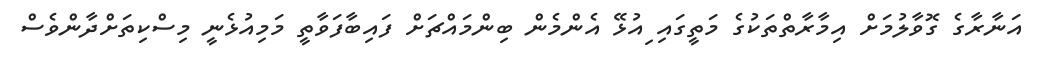
އަނާރާގެ ގޮވާލުމަށް އިމާރާތްތަކުގެ މަތީގައި ިއުޅޭ އެންމެން ބިންމައްޗަށް ފައިބާފަވާތީ މަމިއުޅެނީ މިސްކިތަށްދާންވެސް